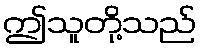
ဤသူတို့သည်